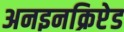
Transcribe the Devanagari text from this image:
अनइनक्रिप्टेड